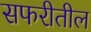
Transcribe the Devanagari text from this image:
सफरीतील